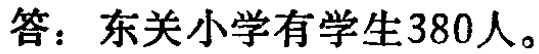
答：东关小学有学生380人。